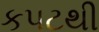
કપટથી